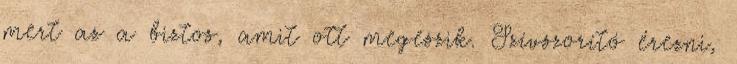
mert az a biztos, amit ott megeszik. Szívszorító érezni,